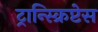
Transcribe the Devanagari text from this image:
ट्रान्स्क्रिप्टेस